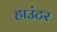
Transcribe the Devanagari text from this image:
हाउंटर